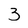
Character: 3